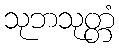
သုဘသုတ္တံ